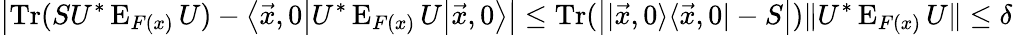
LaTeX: \left|\operatorname{Tr}(SU^{*}\operatorname{E}_{F(x)}U)-\left\langle{\vec{x}},0{\big|}U^{*}\operatorname{E}_{F(x)}U{\big|}{\vec{x}},0\right\rangle\right|\leq\operatorname{Tr}({\big|}|{\vec{x}},0\rangle\langle{\vec{x}},0|-S{\big|})\| U^{*}\operatorname{E}_{F(x)}U\| \leq\delta